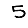
Digit: 5